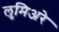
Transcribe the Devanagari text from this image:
लुमिअरे